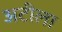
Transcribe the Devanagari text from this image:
अटीला